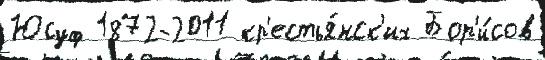
Юсуф 1872-2011 кр'естья́нск'их Бор'и́сов